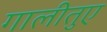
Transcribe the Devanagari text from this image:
गालीतुए